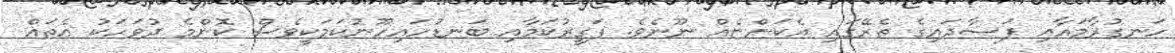
ހަނގުރާމައާއި ފަސާދައިގެ ތެރޭގައި އެކަންޏެއް ނޫނެވެ. ފަގީރުކަމާއި ބަނޑުހައިހޫނުކަމަކީވެސް ކޮންމެ ދުވަހަކު އެތައް